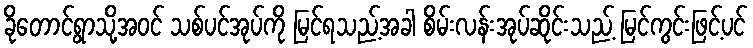
ခိုတောင်ရွာသို့အဝင် သစ်ပင်အုပ်ကို မြင်ရသည့်အခါ စိမ်းလန်းအုပ်ဆိုင်းသည့် မြင်ကွင်းဖြင့်ပင်